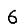
Digit: 6